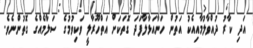
އަދި ކާރު ދުއްވާލުމާއިއެކު އަތުން ހަނާއަޅާލާފަދަ ގޮތަކަށް އަތްހޫރާލީ ވަކިވުމުގެ ސަލާމެއްގެ ގޮތުންނެވެ.